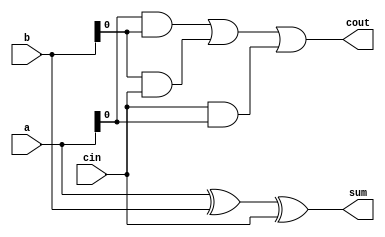
module fourbitadder
(
	input [3:0]a,
	input [3:0]b,
	input cin,
	output reg [3:0]sum,
	output reg cout
);

assign sum = a ^ b ^ cin;
assign cout = (a & b) | (b & cin) | (cin & a);

endmodule